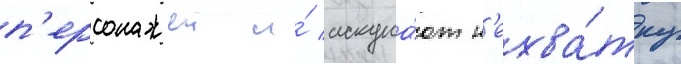
п'ерсонажеи и́ искупа́ют н'ехва́тку